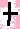
Text: +